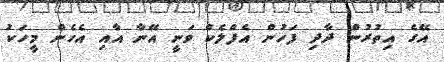
އޭގެ އިތުރުން ދާދި ފަހުން އެފްލެކް ވަނީ އޭނާ އާއި އެހެން މީހަކު